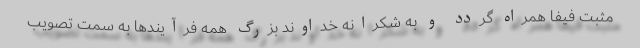
مثبت فیفا همراه گردد و به شکرانه خداوند بزرگ همه فرآیندها به سمت تصویب